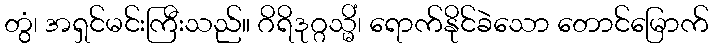
တွံ၊ အရှင်မင်းကြီးသည်။ ဂိရိဒုဂ္ဂသ္မိံ၊ ရောက်နိုင်ခဲသော တောင်မြောက်